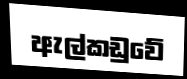
ඇල්කඩුවේ